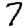
Digit: 7